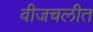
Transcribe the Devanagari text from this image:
वीजचलीत